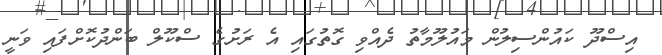
އިސްދޫ ކައުންސިލުން މައުލޫމާތު ދެއްވި ގޮތުގައި އެ ރަށުގެ ސްކޫލް ބަންދުކޮށްފައި ވަނީ